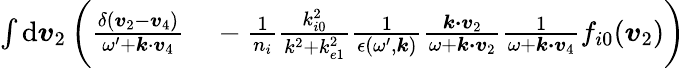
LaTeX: \begin{array}{rl}{\int\mathrm{d}\boldsymbol{v}_{2}\, \biggl(\frac{\delta(\boldsymbol{v}_{2}-\boldsymbol{v}_{4})}{\omega^{\prime}+\boldsymbol{k}\cdot\boldsymbol{v}_{4}}}&{{}-\frac{1}{n_{i}}\frac{k_{i0}^{2}}{k^{2}+k_{e1}^{2}}\frac{1}{\epsilon(\omega^{\prime},\boldsymbol{k})}\frac{\boldsymbol{k\cdot v}_{2}}{\omega+\boldsymbol{k\cdot v}_{2}}\frac{1}{\omega+\boldsymbol{k\cdot v}_{4}}f_{i0}(\boldsymbol{v}_{2})\biggr)}\end{array}